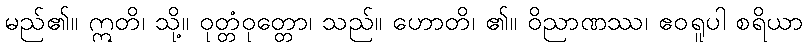
မည်၏။ ဣတိ၊ သို့။ ဝုတ္တံဝုတ္တော၊ သည်။ ဟောတိ၊ ၏။ ဝိညာဏဿ၊ ဧဝရူပါ စရိယာ